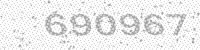
Solution: 690967